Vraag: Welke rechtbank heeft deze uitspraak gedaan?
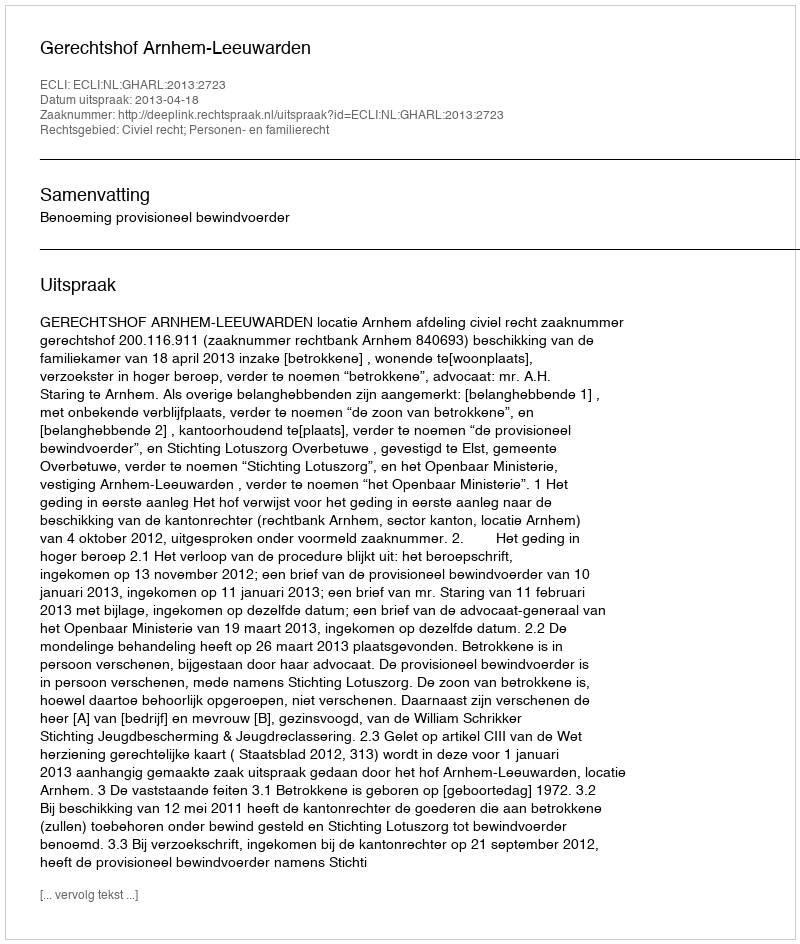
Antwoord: Gerechtshof Arnhem-Leeuwarden